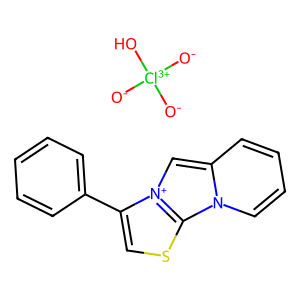
SMILES: [O-][Cl+3]([O-])([O-])O.c1ccc(-c2csc3n4ccccc4c[n+]23)cc1
Inhibits HIV replication: No